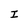
Character: I